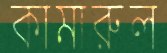
কামারুল